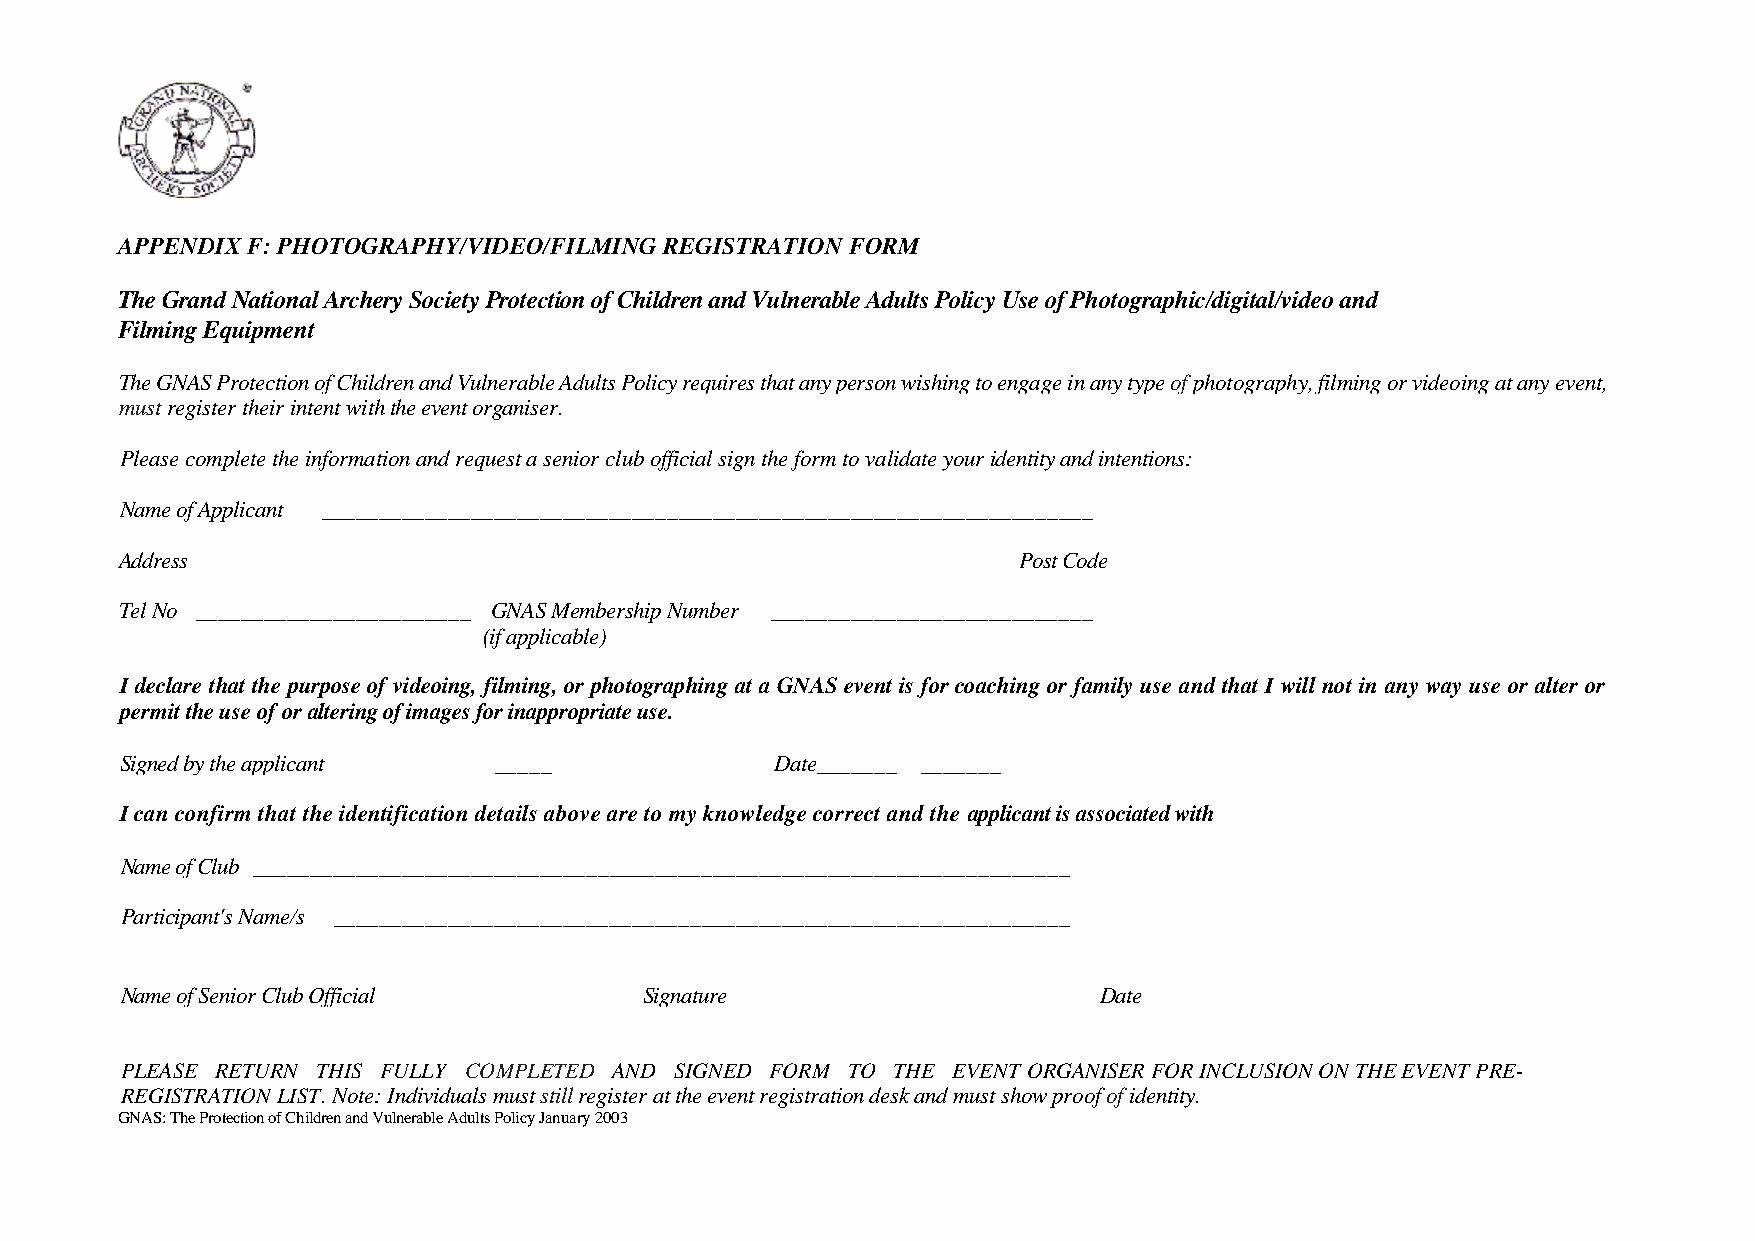
APPENDIX F: PHOTOGRAPHY/VIDEO/FILMING REGISTRATION FORM
 The Grand National Archery Society Protection of Children and Vulnerable Adults Policy Use of Photographic/digital/video and
 Filming Equipment
 The GNAS Protection of Children and Vulnerable Adults Policy requires that any person wishing to engage in any type of photography, filming or videoing at any event,
 must register their intent with the event organiser.
 Please complete the information and request a senior club official sign the form to validate your identity and intentions:
 Name of Applicant ___________________________________________________________________
 Address                                                    Post Code
 Tel No ________________________ GNAS Membership Number ____________________________
 (if applicable)
 I declare that the purpose of videoing, filming, or photographing at a GNAS event is for coaching or family use and that I will not in any way use or alter or
 permit the use of or altering of images for inappropriate use.
 Signed by the applicant  _____             Date _______ _______
 I can confirm that the identification details above are to my knowledge correct and the applicant is associated with
 Name of Club _______________________________________________________________________
 Participant's Name/s ________________________________________________________________
 Name of Senior Club Official       Signature                     Date
 PLEASE RETURN THIS FULLY COMPLETED AND SIGNED FORM TO THE EVENT ORGANISER FOR INCLUSION ON THE EVENT PRE-
 REGISTRATION LIST. Note: Individuals must still register at the event registration desk and must show proof of identity.
 GNAS: The Protection of Children and Vulnerable Adults Policy January 2003